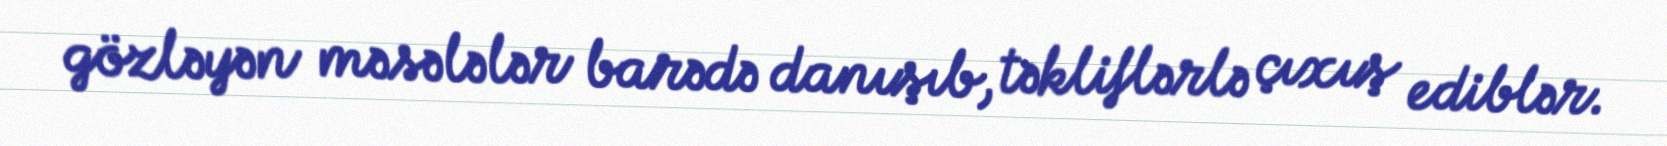
gözləyən məsələlər barədə danışıb, təkliflərlə çıxış ediblər.